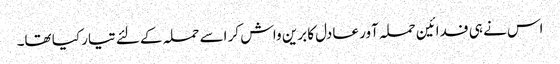
اس نے ہی فدائین حملہ آور عادل کا برین واش کر اسے حملہ کے لئے تیار کیا تھا۔